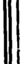
I